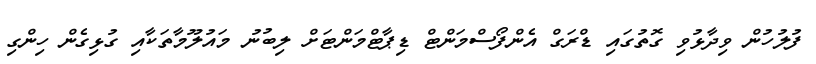
ފުލުހުން ވިދާޅުވި ގޮތުގައި ޑްރަގް އެންފޯސްމަންޓް ޑިޕާޓްމަންޓަށް ލިބުނު މައުލޫމާތަކާއި ގުޅިގެން ހިންގި